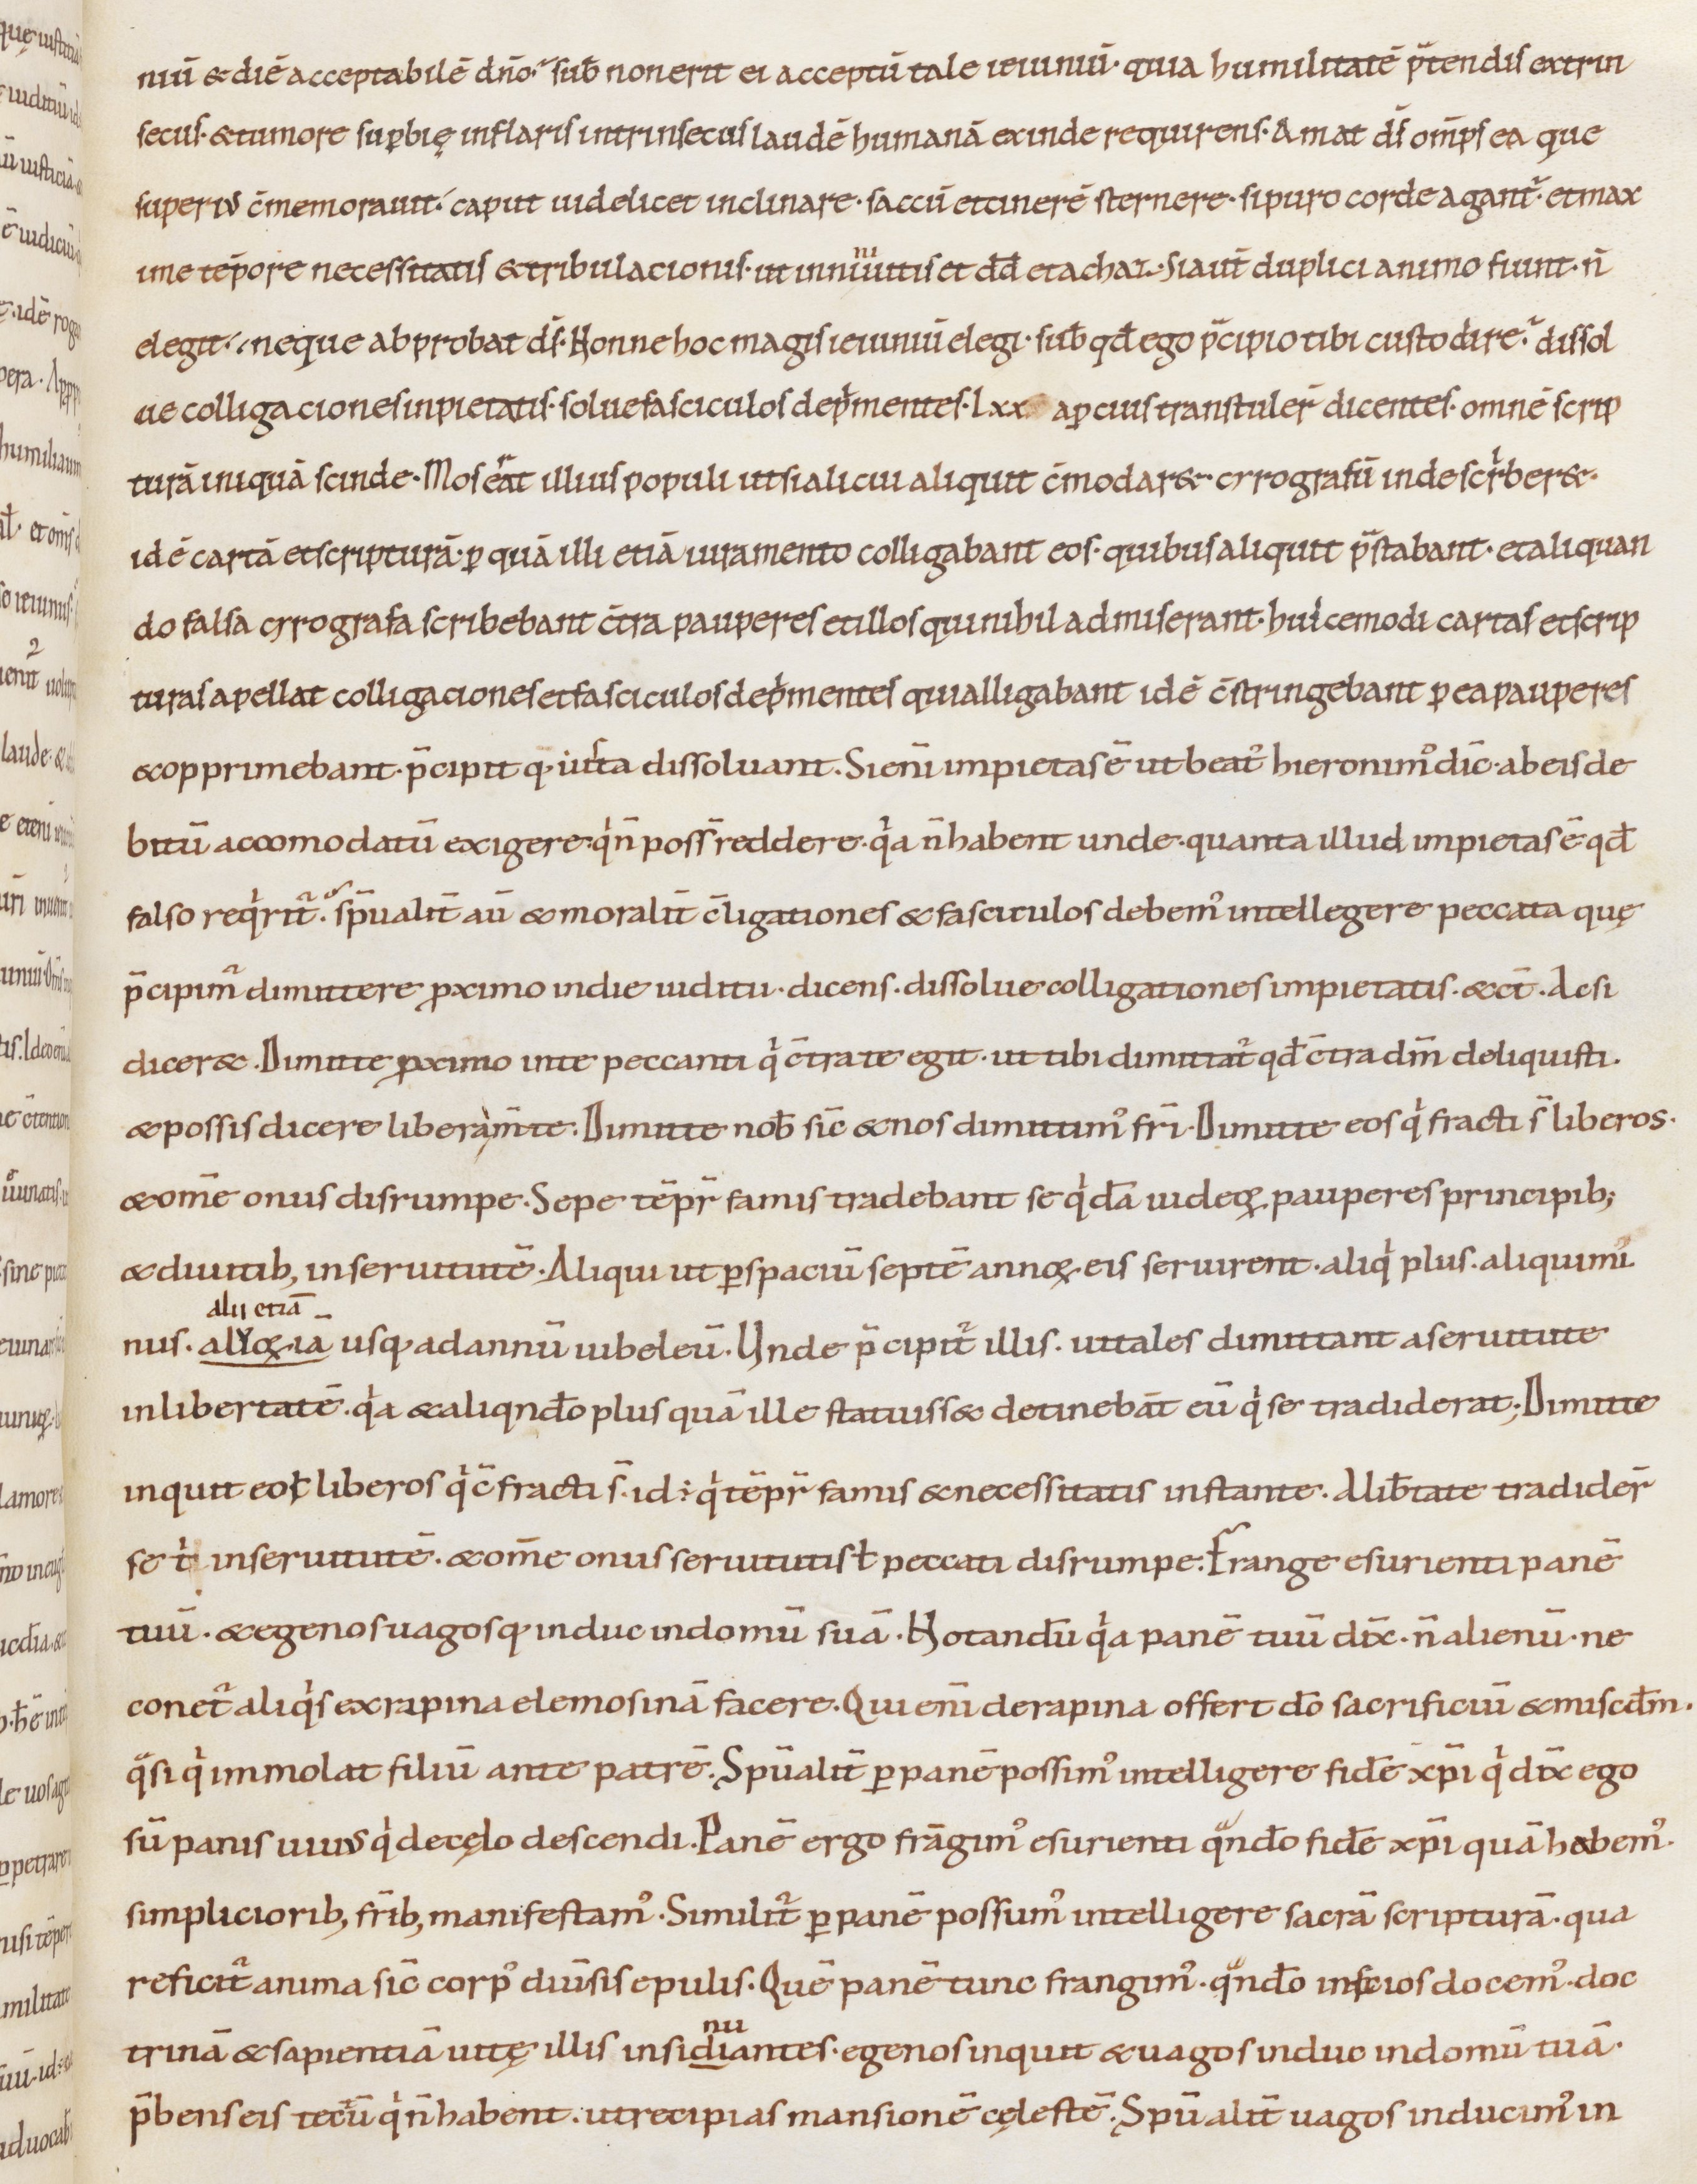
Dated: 1000–1099